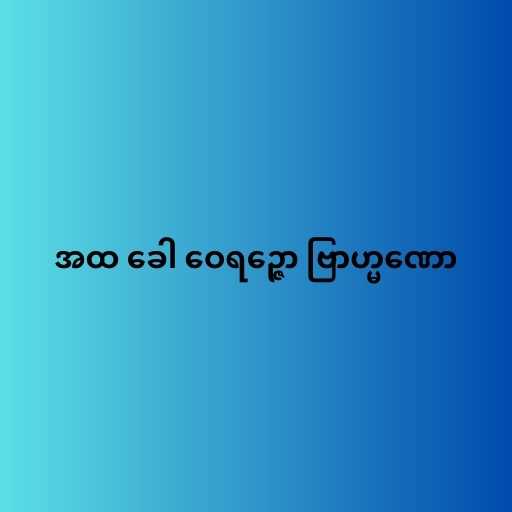
အထ ခေါ ဝေရဉ္ဇော ဗြာဟ္မဏော